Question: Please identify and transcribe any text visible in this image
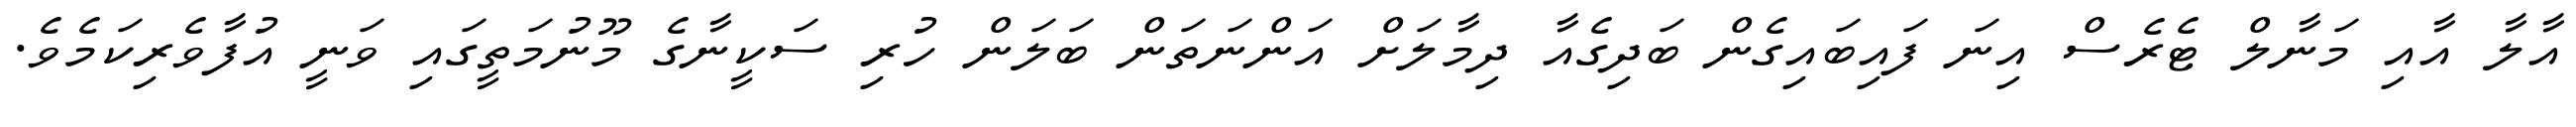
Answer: އާލާ އާއި މަނާލް ޓެރެސް އިނަ ފައިބައިގެން ބަދިގެއާ ދިމާލަށް އަންނަތަން ބަލަން ހުރި ސަކީނާގެ މޫނުމަތީގައި ވަނީ އުފާވެރިކަމެވެ.